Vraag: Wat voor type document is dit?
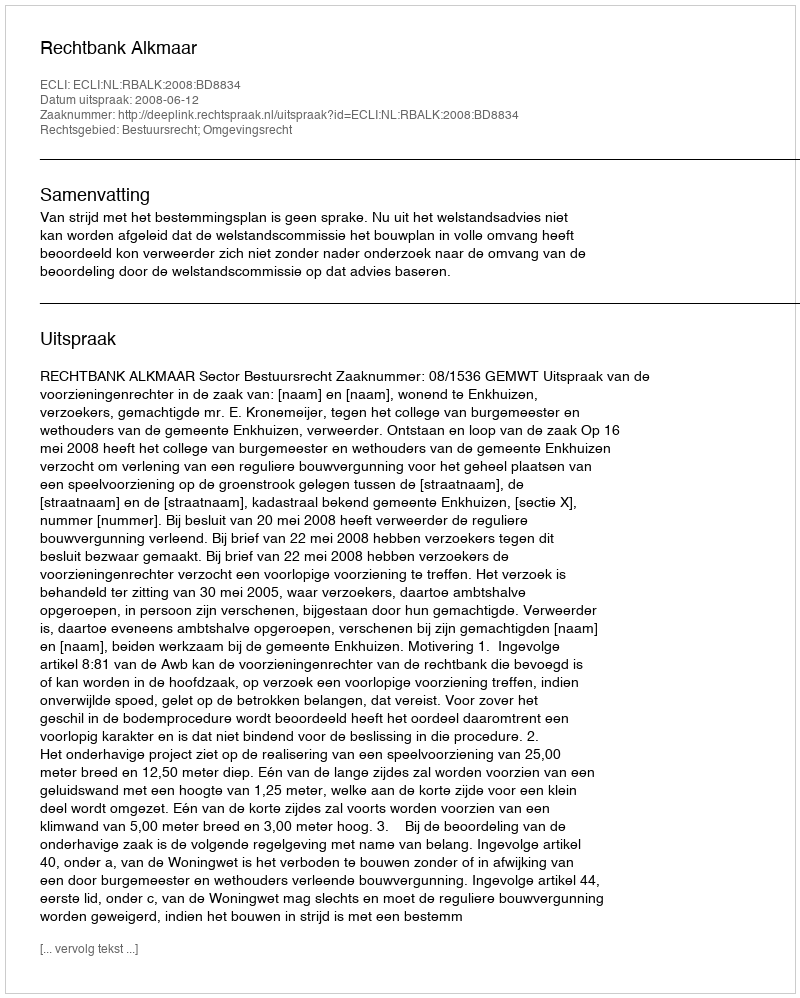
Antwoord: Uitspraak